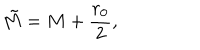
\tilde { M } = M + \frac { r _ { 0 } } { 2 } ,